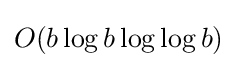
O(b\log b\log \log b)